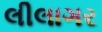
લીલાગર